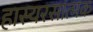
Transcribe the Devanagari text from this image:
हास्यरसात्मक